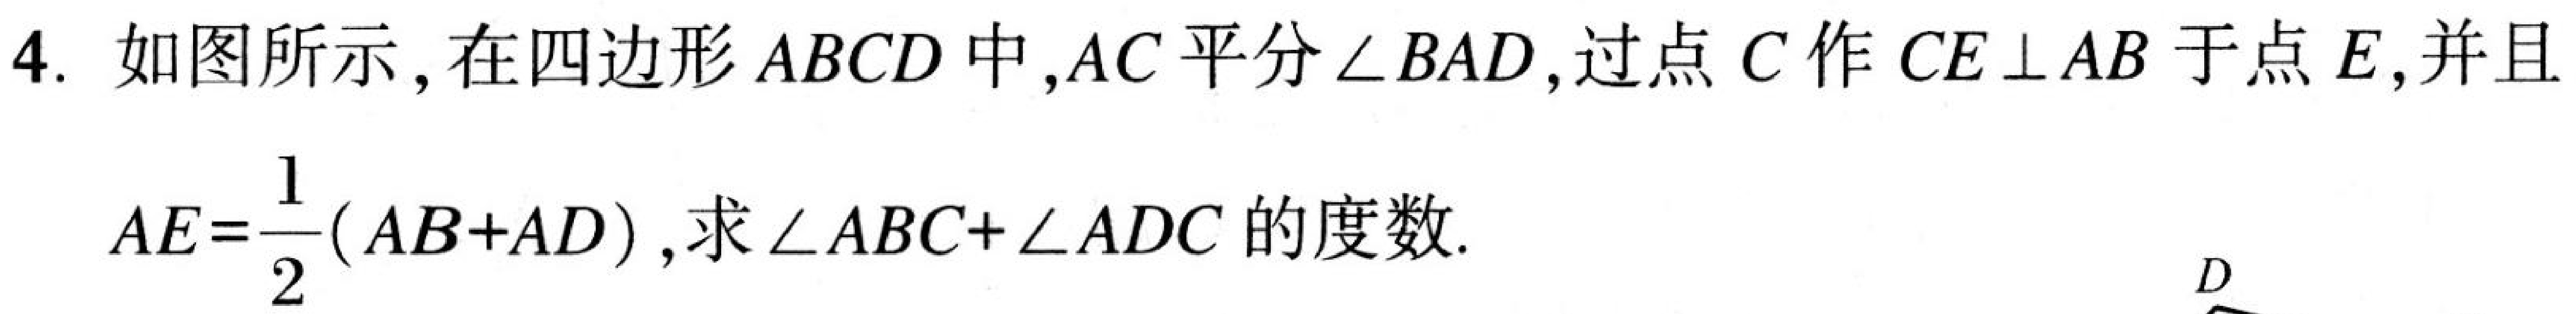
4. 如图所示,在四边形\(ABCD\)中,\(AC\)平分\(\angle BAD\),过点\(C\)作\(CE\perp AB\)于点\(E\),并且
\(AE = \frac{1}{2}(AB + AD)\),求\(\angle ABC+\angle ADC\)的度数.